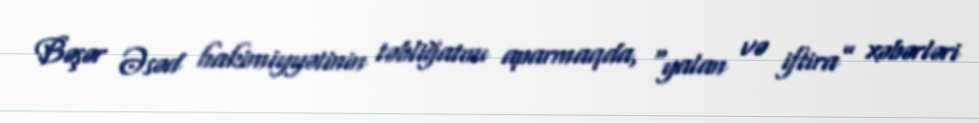
Bəşər Əsəd hakimiyyətinin təbliğatını aparmaqda, “yalan və iftira” xəbərləri